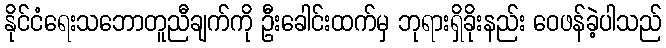
နိုင်ငံရေးသဘောတူညီချက်ကို ဦးခေါင်းထက်မှ ဘုရားရှိခိုးနည်း ဝေဖန်ခဲ့ပါသည်